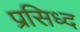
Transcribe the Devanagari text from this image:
प्रसिध्‍द